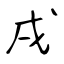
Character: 戌